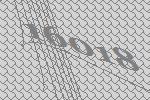
16018